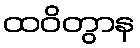
ထဝိတွာန